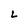
Character: L